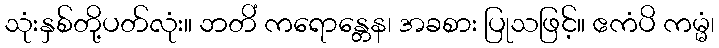
သုံးနှစ်တို့ပတ်လုံး။ ဘတိံ ကရောန္တေန၊ အခစား ပြုသဖြင့်။ ဧကံပိ ကမ္မံ၊